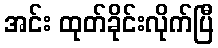
အင်း ထုတ်ခိုင်းလိုက်ပြီ